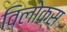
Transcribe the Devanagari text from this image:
विलोक्स